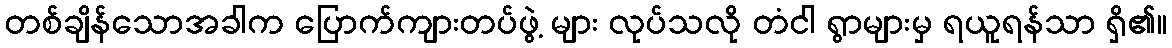
တစ်ချိန်သောအခါက ပြောက်ကျားတပ်ဖွဲ့ များ လုပ်သလို တံငါ ရွာများမှ ရယူရန်သာ ရှိ၏။